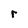
Character: r